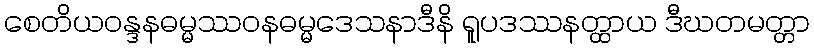
စေတိယဝန္ဒနဓမ္မဿဝနဓမ္မဒေသနာဒီနိ ရူပဒဿနတ္ထာယ ဒီဃတမတ္တာ